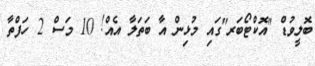
ބޮލީވުޑް "އޮކްޓޯބަރ"ގައި މުޅިން އާ ބަތަލާ އެއް! 10 މަސް 2 ހަފްތާ